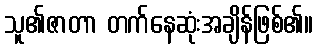
သူ၏ဇာတာ တက်နေဆုံးအချိန်ဖြစ်၏။